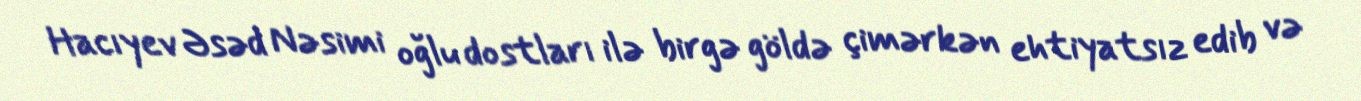
Hacıyev Əsəd Nəsimi oğlu dostları ilə birgə göldə çimərkən ehtiyatsız edib və